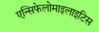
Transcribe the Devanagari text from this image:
एन्सिफेलोमाइलाइटिस